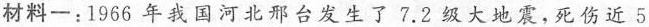
材料一：1966年我国河北邢台发生了7.2级大地震，死伤近5